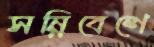
সন্নিবেশে